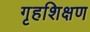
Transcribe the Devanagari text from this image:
गृहशिक्षण